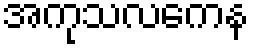
အကုသလကေန